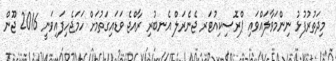
މިދަތުރުފުޅު ނިންމަވާލައްވައި ޕްރޮސިކިއުޓަރ ޖެނެރަލް އެނބުރި ރާއްޖެ ވަޑައިގަތުމަށް ހަމަޖެހިފައިވަނީ 2016 ޖޫން